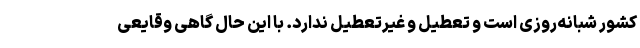
کشور شبانه‌روزی است و تعطیل و غیرتعطیل ندارد. با این حال گاهی وقایعی